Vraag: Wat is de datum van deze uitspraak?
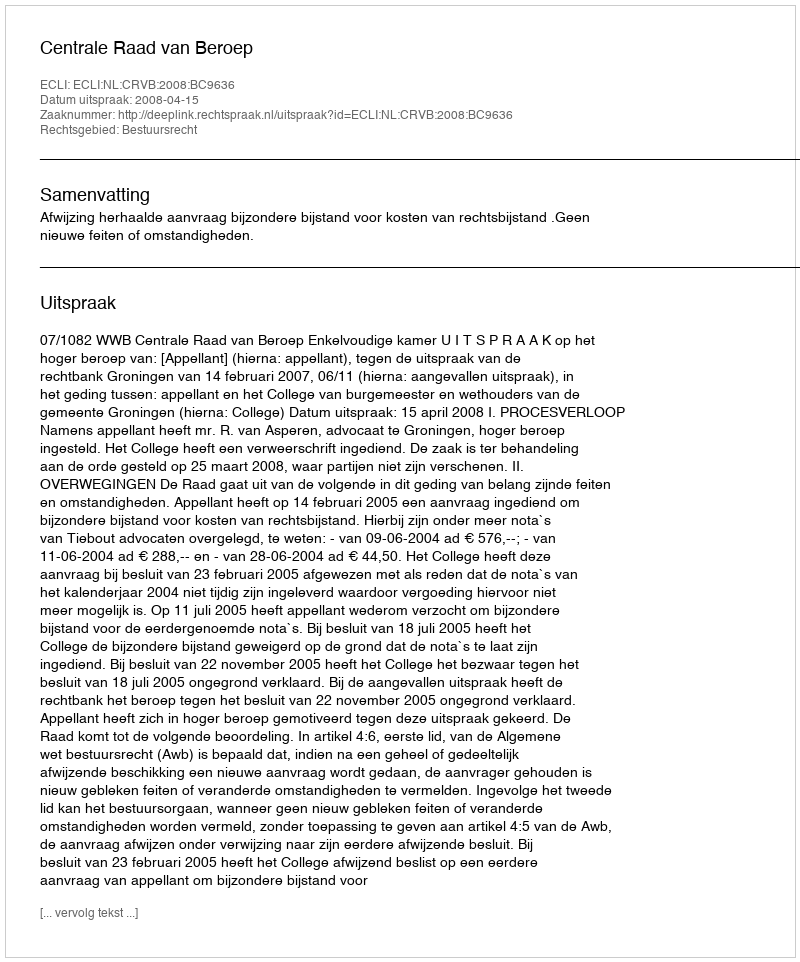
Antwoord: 2008-04-15